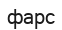
фарс